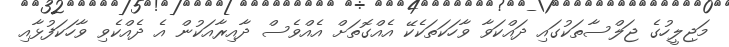
މަޖިލީހުގެ ޖަލްސާތަކުގައި ދައްކަވާ ވާހަކަތަކެކޭ އެއްގޮތަށް އެއްވެސް ދާއިރާއަކުން އެ ދެއްކެވި ވާހަކަފުޅާއި